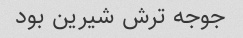
جوجه ترش شیرین بود